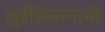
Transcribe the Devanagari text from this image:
लुईझियानाची